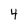
Character: 4